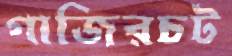
গাজিরচট